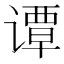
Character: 谭